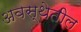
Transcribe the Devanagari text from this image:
अवस्‍थेतील